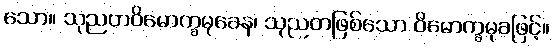
သော။ သုညတဝိမောက္ခမုခေန၊ သုညတဖြစ်သော ဝိမောက္ခမုခဖြင့်။